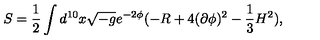
S = \frac { 1 } { 2 } \int d ^ { 1 0 } x \sqrt { - g } e ^ { - 2 \phi } ( - R + 4 ( \partial \phi ) ^ { 2 } - \frac { 1 } { 3 } H ^ { 2 } ) ,